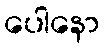
ပေါနော